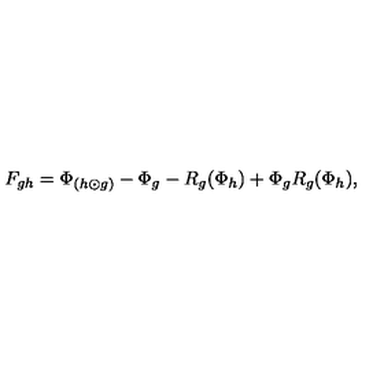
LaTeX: F _ { g h } = \Phi _ { ( h \odot g ) } - \Phi _ { g } - R _ { g } ( \Phi _ { h } ) + \Phi _ { g } R _ { g } ( \Phi _ { h } ) ,